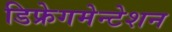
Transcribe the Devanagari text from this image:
डिफ्रेगमेन्टेशन